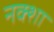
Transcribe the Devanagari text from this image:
नक्‍शा